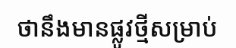
ថានឹងមានផ្លូវថ្មីសម្រាប់